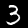
Label: 3